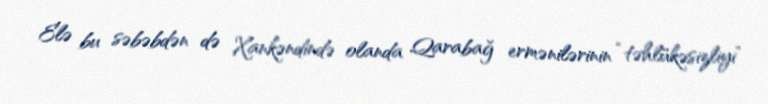
Elə bu səbəbdən də Xankəndində olanda Qarabağ ermənilərinin “təhlükəsizliyi”